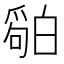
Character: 𬐏